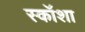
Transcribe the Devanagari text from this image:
स्कॉशा